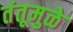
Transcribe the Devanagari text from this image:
तंतूमुळे